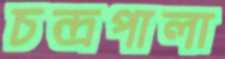
চন্দ্রপালা